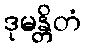
ဒုမန္တိတံ